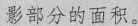
影部分的面积。